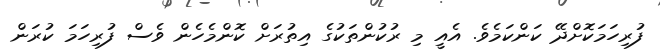
ފުރިހަމަކޮށްދޭ ކަންކަމެވެ. އެއީ މި ރުކުންތަކުގެ އިތުރަށް ކޮންމެހެން ވެސް ފުރިހަމަ ކުރަން